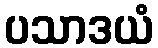
ပသာဒယံ